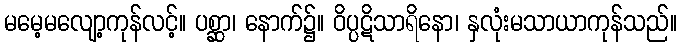
မမေ့မလျော့ကုန်လင့်။ ပစ္ဆာ၊ နောက်၌။ ဝိပ္ပဋိသာရိနော၊ နှလုံးမသာယာကုန်သည်။